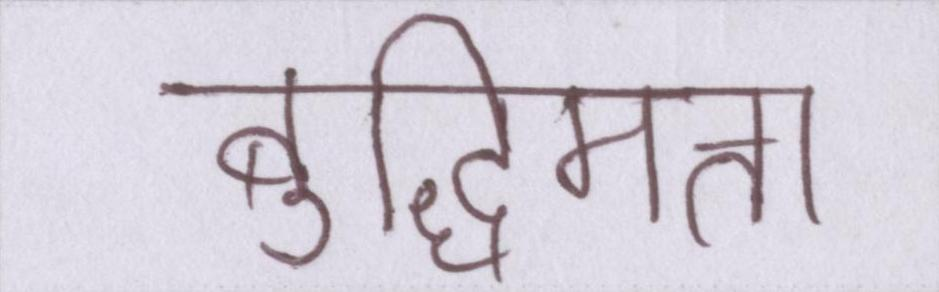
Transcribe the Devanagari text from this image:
बुद्धिमत्ता